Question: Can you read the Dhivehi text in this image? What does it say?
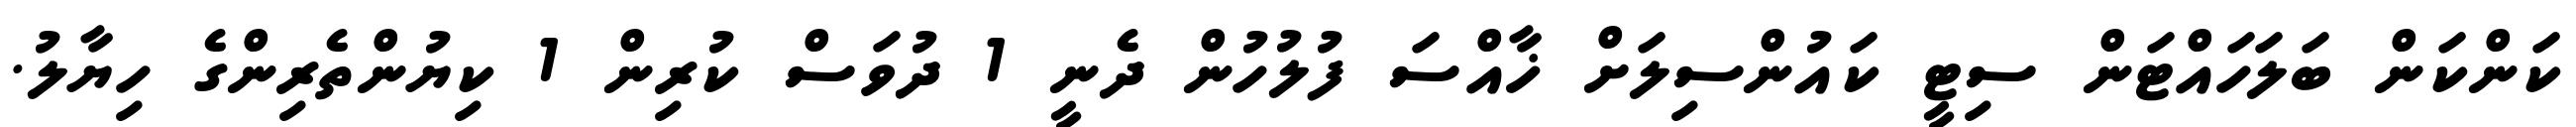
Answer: ކަންކަން ބަލަހައްޓަން ސިޓީ ކައުންސިލަށް ޚާއްސަ ފުލުހުން ދެނީ 1 ދުވަސް ކުރިން 1 ކިޔުންތެރިންގެ ހިޔާލު.